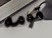
قومه